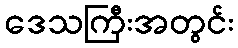
ဒေသကြီးအတွင်း